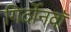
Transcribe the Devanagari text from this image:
गिर्दोनवाॅ